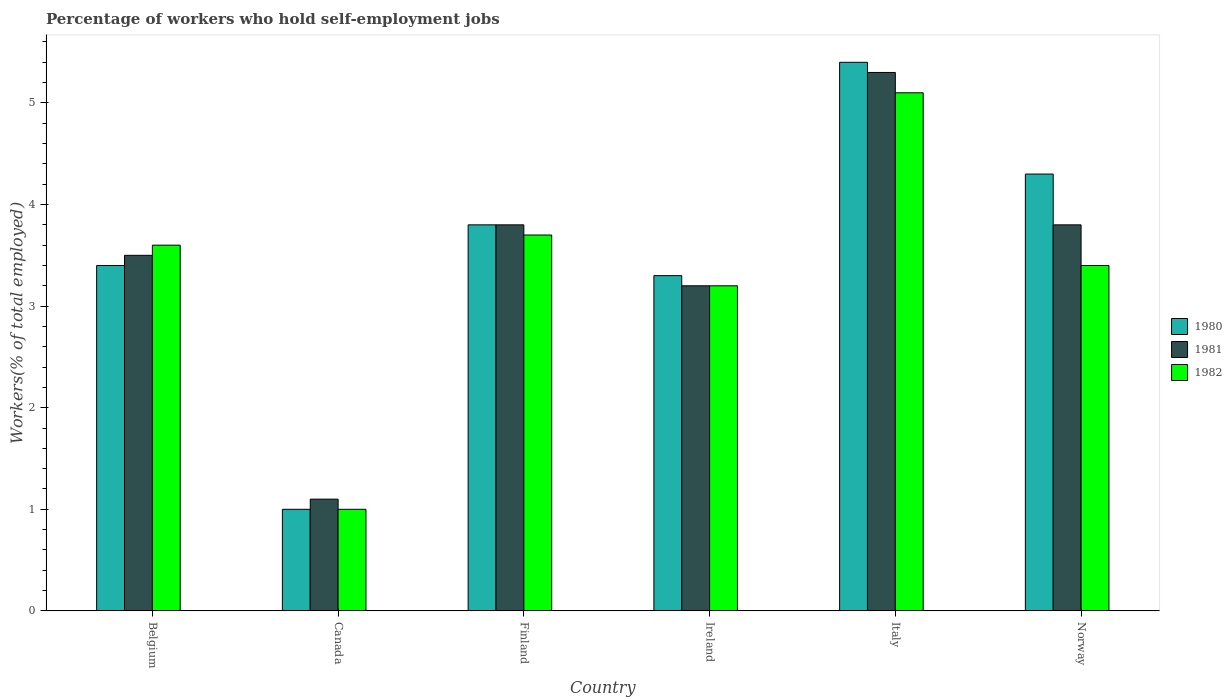
| Country | 1980 | 1981 | 1982 |
 | --- | --- | --- | --- |
 | Belgium | 3.4 | 3.5 | 3.6 |
 | Canada | 1 | 1.1 | 1 |
 | Finland | 3.8 | 3.8 | 3.7 |
 | Ireland | 3.3 | 3.2 | 3.2 |
 | Italy | 5.4 | 5.3 | 5.1 |
 | Norway | 4.3 | 3.8 | 3.4 |